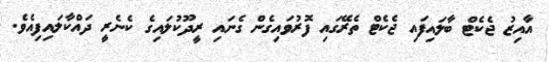
އާއިޒު ޖެކެޓް ބާލައިފައި ޖެކެޓް ތެރޭގައި ފޮރުވައިގެން ގެނައި ރީދޫކުލައިގެ ކެނެރީ ދައްކާލައިފިއެވެ.